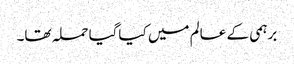
برہمی کے عالم میں کیاگیا حملہ تھا۔